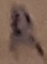
Text: R